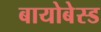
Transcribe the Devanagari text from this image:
बायोबेस्ड